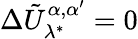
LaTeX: \Delta\tilde{U}_{\lambda^{*}}^{\alpha,\alpha^{\prime}}=0